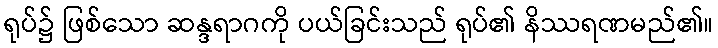
ရုပ်၌ ဖြစ်သော ဆန္ဒရာဂကို ပယ်ခြင်းသည် ရုပ်၏ နိဿရဏမည်၏။